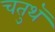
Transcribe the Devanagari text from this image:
चतुथॅ